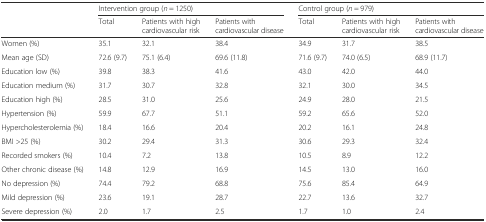
|  | <COLSPAN=3> Intervention group (n = 1250) | <COLSPAN=3> Control group (n = 979) |
 |  | Total | Patients with high cardiovascular risk | Patients with cardiovascular disease | Total | Patients with high cardiovascular risk | Patients with cardiovascular disease |
 | --- | --- | --- | --- | --- | --- | --- |
 | Women (%) | 35.1 | 32.1 | 38.4 | 34.9 | 31.7 | 38.5 |
 | Mean age (SD) | 72.6 (9.7) | 75.1 (6.4) | 69.6 (11.8) | 71.6 (9.7) | 74.0 (6.5) | 68.9 (11.7) |
 | Education low (%) | 39.8 | 38.3 | 41.6 | 43.0 | 42.0 | 44.0 |
 | Education medium (%) | 31.7 | 30.7 | 32.8 | 32.1 | 30.0 | 34.5 |
 | Education high (%) | 28.5 | 31.0 | 25.6 | 24.9 | 28.0 | 21.5 |
 | Hypertension (%) | 59.9 | 67.7 | 51.1 | 59.2 | 65.6 | 52.0 |
 | Hypercholesterolemia (%) | 18.4 | 16.6 | 20.4 | 20.2 | 16.1 | 24.8 |
 | BMI >25 (%) | 30.2 | 29.4 | 31.3 | 30.6 | 29.3 | 32.4 |
 | Recorded smokers (%) | 10.4 | 7.2 | 13.8 | 10.5 | 8.9 | 12.2 |
 | Other chronic disease (%) | 14.8 | 12.9 | 16.9 | 14.5 | 13.0 | 16.0 |
 | No depression (%) | 74.4 | 79.2 | 68.8 | 75.6 | 85.4 | 64.9 |
 | Mild depression (%) | 23.6 | 19.1 | 28.7 | 22.7 | 13.6 | 32.7 |
 | Severe depression (%) | 2.0 | 1.7 | 2.5 | 1.7 | 1.0 | 2.4 |